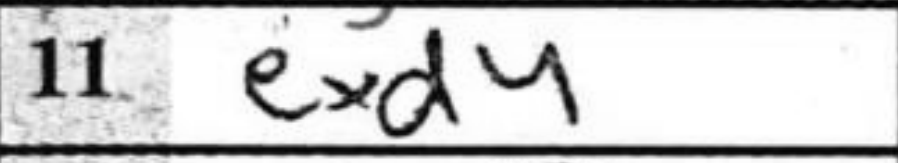
Transcription: exd4